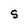
Character: S